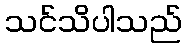
သင်သိပါသည်